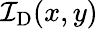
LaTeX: \mathcal{I}_{\mathrm{{D}}}(x,y)